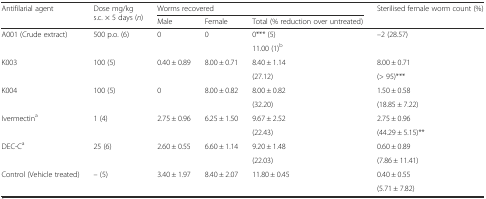
<table><thead><tr><td rowspan="2"><b>Antifilarial agent</b></td><td rowspan="2"><b>Dose mg/kg s.c. × 5 days (<i>n</i>)</b></td><td colspan="3"><b>Worms recovered</b></td><td><b>Sterilised female worm count (%)</b></td></tr><tr><td><b>Male</b></td><td><b>Female</b></td><td><b>Total (% reduction over untreated)</b></td><td></td></tr></thead><tbody><tr><td rowspan="2">A001 (Crude extract)</td><td rowspan="2">500 p.o. (6)</td><td rowspan="2">0</td><td rowspan="2">0</td><td>0*** (5)</td><td rowspan="2">–2 (28.57)</td></tr><tr><td>11.00 (1)<sup>b</sup></td></tr><tr><td rowspan="2">K003</td><td rowspan="2">100 (5)</td><td rowspan="2">0.40 ± 0.89</td><td rowspan="2">8.00 ± 0.71</td><td>8.40 ± 1.14</td><td>8.00 ± 0.71</td></tr><tr><td>(27.12)</td><td>(&gt; 95)***</td></tr><tr><td rowspan="2">K004</td><td rowspan="2">100 (5)</td><td rowspan="2">0</td><td rowspan="2">8.00 ± 0.82</td><td>8.00 ± 0.82</td><td>1.50 ± 0.58</td></tr><tr><td>(32.20)</td><td>(18.85 ± 7.22)</td></tr><tr><td rowspan="2">Ivermectin<sup>a</sup></td><td rowspan="2">1 (4)</td><td rowspan="2">2.75 ± 0.96</td><td rowspan="2">6.25 ± 1.50</td><td>9.67 ± 2.52</td><td>2.75 ± 0.96</td></tr><tr><td>(22.43)</td><td>(44.29 ± 5.15)**</td></tr><tr><td rowspan="2">DEC-C<sup>a</sup></td><td rowspan="2">25 (6)</td><td rowspan="2">2.60 ± 0.55</td><td rowspan="2">6.60 ± 1.14</td><td>9.20 ± 1.48</td><td>0.60 ± 0.89</td></tr><tr><td>(22.03)</td><td>(7.86 ± 11.41)</td></tr><tr><td rowspan="2">Control (Vehicle treated)</td><td rowspan="2">– (5)</td><td rowspan="2">3.40 ± 1.97</td><td rowspan="2">8.40 ± 2.07</td><td rowspan="2">11.80 ± 0.45</td><td>0.40 ± 0.55</td></tr><tr><td>(5.71 ± 7.82)</td></tr></tbody></table>